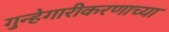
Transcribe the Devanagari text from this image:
गुन्हेगारीकरणाच्या